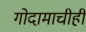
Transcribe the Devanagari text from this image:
गोदामाचीही